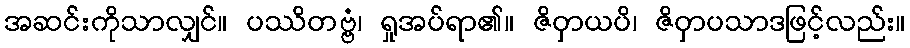
အဆင်းကိုသာလျှင်။ ပဿိတဗ္ဗံ၊ ရှုအပ်ရာ၏။ ဇိဝှာယပိ၊ ဇိဝှာပသာဒဖြင့်လည်း။